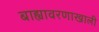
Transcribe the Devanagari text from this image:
बाह्यावरणाखाली